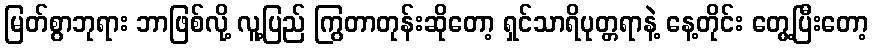
မြတ်စွာဘုရား ဘာဖြစ်လို့ လူ့ပြည် ကြွတာတုန်းဆိုတော့ ရှင်သာရိပုတ္တရာနဲ့ နေ့တိုင်း တွေ့ပြီးတော့